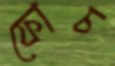
ফোচ